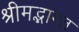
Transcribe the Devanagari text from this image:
श्रीमद्भागत